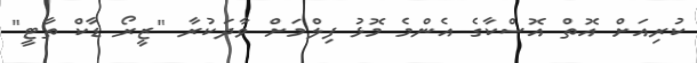
ކުރިއަށް އޮތް އޮސްކާގެ އެންމެ މޮޅު ފިލްމަށް ވާދަކުރާ "ޒީރޯ ޑާކް ތާޓީ"